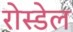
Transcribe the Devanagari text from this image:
रोस्डेल